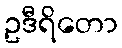
ဥဒီရိတော